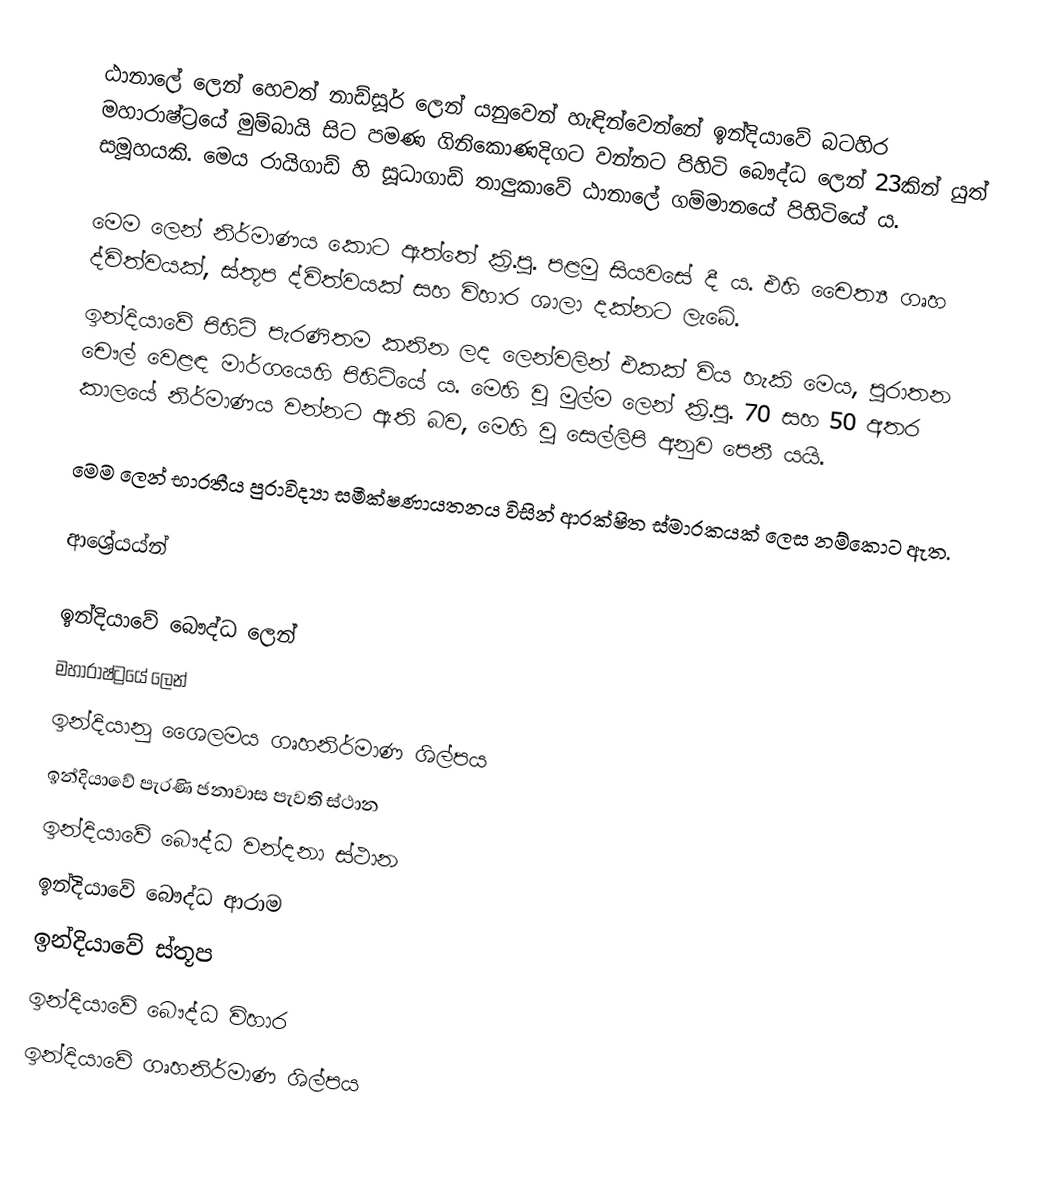
ඨානාලේ ලෙන් හෙවත් නාඩ්සූර් ලෙන් ‍යනුවෙන් හැඳින්වෙන්නේ ඉන්දියාවේ බටහිර මහාරාෂ්ට්‍රයේ මුම්බායි සිට  පමණ ගිනිකොණදිගට වන්නට පිහිටි බෞද්ධ ලෙන් 23කින් යුත් සමූහයකි. මෙය රායිගාඩ් හි සූධාගාඩ් තාලුකාවේ ඨානාලේ ගම්මානයේ පිහිටියේ ය.

මෙම ලෙන් නිර්මාණය කොට ඇත්තේ ක්‍රි.පූ. පළමු සියවසේ දී ය. එහි චෛත්‍ය ගෘහ ද්විත්වයක්, ස්තූප ද්විත්වයක් සහ විහාර ශාලා දක්නට ලැබේ.
ඉන්දියාවේ පිහිටි පැරණිතම කනින ලද ලෙන්වලින් එකක් විය හැකි මෙය, පුරාතන චෞල් වෙළඳ මාර්ගයෙහි පිහිටියේ ය. මෙහි වූ මුල්ම ලෙන් ක්‍රි.පූ. 70 සහ 50 අතර කාලයේ නිර්මාණය වන්නට ඇති බව, මෙහි වූ සෙල්ලිපි අනුව පෙනී යයි.

මෙම ලෙන් භාරතීය පුරාවිද්‍යා සමීක්ෂණායතනය විසින් ආරක්ෂිත ස්මාරකයක් ලෙස නම්කොට ඇත.

ආශ්‍රේයය්න්

ඉන්දියාවේ බෞද්ධ ලෙන්
මහාරාෂ්ට්‍රයේ ලෙන්
ඉන්දියානු ශෛලමය ගෘහනිර්මාණ ශිල්පය
ඉන්දියාවේ පැරණි ජනාවාස පැවති ස්ථාන
ඉන්දියාවේ බෞද්ධ වන්දනා ස්ථාන
ඉන්දියාවේ බෞද්ධ ආරාම
ඉන්දියාවේ ස්තූප
ඉන්දියාවේ බෞද්ධ විහාර
ඉන්දියාවේ ගෘහනිර්මාණ ශිල්පය